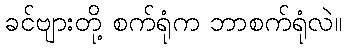
ခင်ဗျားတို့ စက်ရုံက ဘာစက်ရုံလဲ။